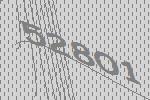
52801